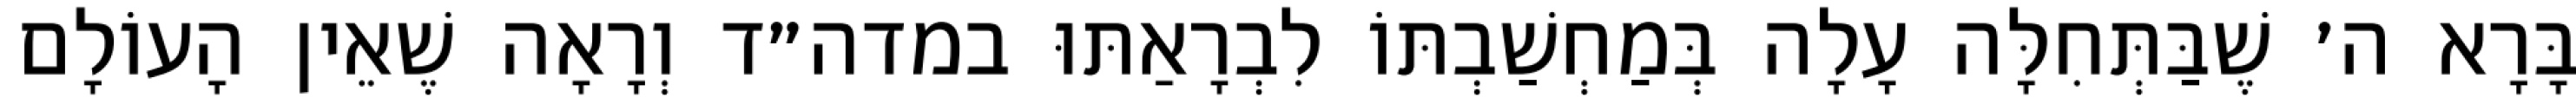
בָּרָא ה׳ שֶׁבַּתְּחִלָּה עָלָה בְּמַחְשַׁבְתּוֹ לִבְרָאַתּוּ במדה״ד וְרָאָה שֶׁאֵין הָעוֹלָם